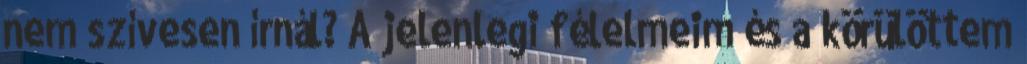
nem szívesen írnál? A jelenlegi félelmeim és a körülöttem